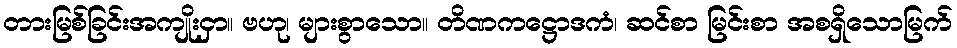
တားမြစ်ခြင်းအကျိုးငှာ။ ဗဟု၊ များစွာသော။ တိဏကဋ္ဌောဒကံ၊ ဆင်စာ မြင်းစာ အစရှိသောမြက်